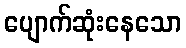
ပျောက်ဆုံးနေသော